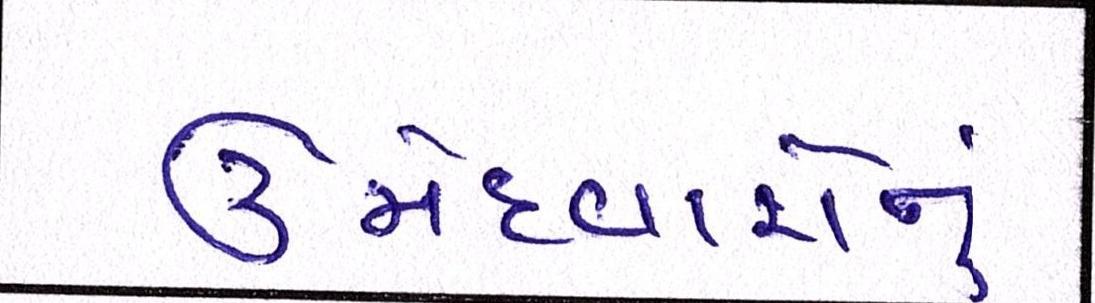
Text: ઉમેદવારોનું